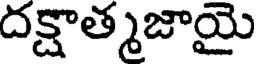
దక్షాత్మజాయై